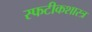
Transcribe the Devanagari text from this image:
स्फटीकशास्त्र